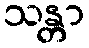
သန္တာ